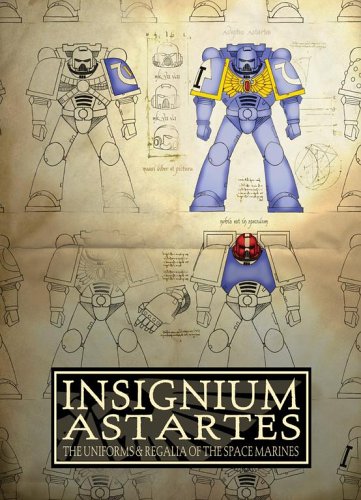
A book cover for Insignium Astartes (Warhammer 40,000); Alan Merrett; Science Fiction & Fantasy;